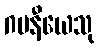
ဂမနီယေသု